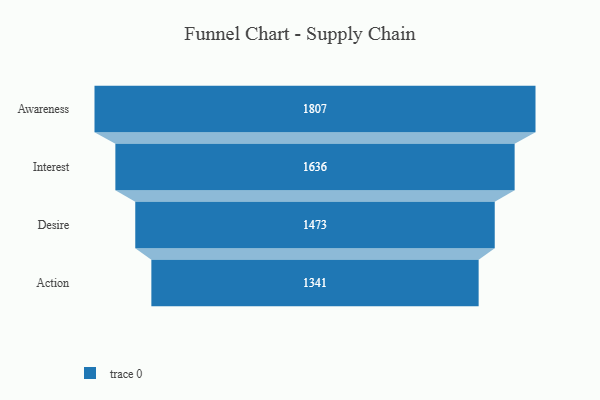
{"axis": {"x": "Stage", "y": "Value"}, "legend": [""], "data": [{"x": "Awareness", "y": 1807.0, "type": ""}, {"x": "Interest", "y": 1636.0, "type": ""}, {"x": "Desire", "y": 1473.0, "type": ""}, {"x": "Action", "y": 1341.0, "type": ""}]}